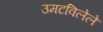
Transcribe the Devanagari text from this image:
उमटविलेले